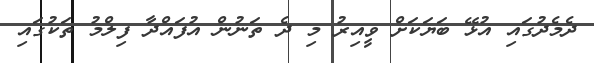
ދެމެދުގައި އުޅޭ ބަޔަކަށް ވީއިރު މި ދެ ތަނުން އުފައްދާ ފިލްމު ތަކުގައި